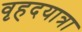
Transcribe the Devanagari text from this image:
वृहदयात्रा